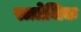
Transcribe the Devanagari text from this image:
स्त्रतेजिक